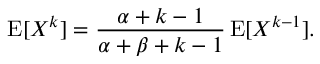
\operatorname { E } [ X ^ { k } ] = { \frac { \alpha + k - 1 } { \alpha + \beta + k - 1 } } \operatorname { E } [ X ^ { k - 1 } ] .